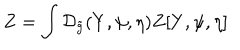
Z = \int { \mathcal { D } _ { \tilde { g } } } ( Y , \psi , \eta ) Z [ Y , \psi , \eta ]